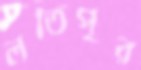
লতিপুর